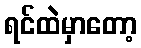
ရင်ထဲမှာတော့